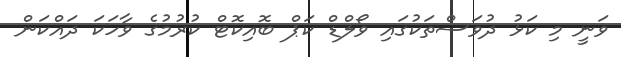
ވަނީ މި ކަޅު ދުވަސްތަކުގައި ވޯލްޑް ކަޕް ބޮއިކޮޓް ކުރުމުގެ ވާހަކަ ދައްކަން